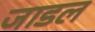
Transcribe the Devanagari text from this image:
जाडल